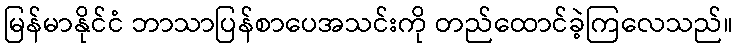
မြန်မာနိုင်ငံ ဘာသာပြန်စာပေအသင်းကို တည်ထောင်ခဲ့ကြလေသည်။